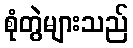
စုံတွဲများသည်